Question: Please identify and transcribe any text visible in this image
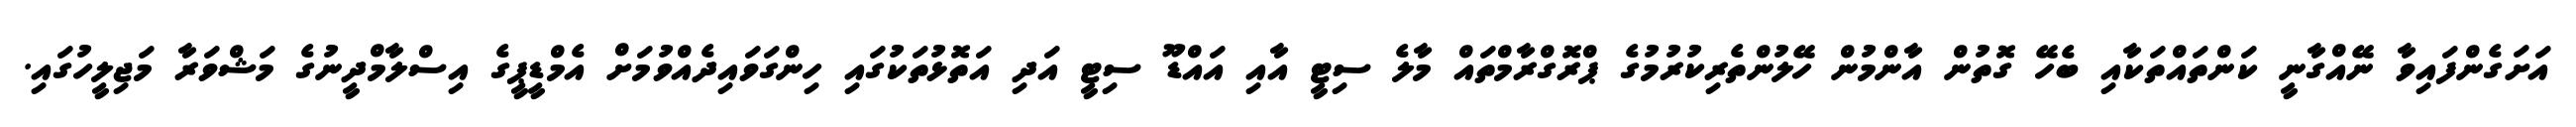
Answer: އަށަގެންފައިވާ ނޭއްގާނީ ކަންތައްތަކާއި ބެހޭ ގޮތުން އާންމުން ހޭލުންތެރިކުރުމުގެ ޕްރޮގްރާމްތައް މާލެ ސިޓީ އާއި އައްޑޫ ސިޓީ އަދި އަތޮޅުތަކުގައި ހިންގަވައިދެއްވުމަށް އެމްޑީޕީގެ އިސްލާމްދީނުގެ މަޝްވަރާ މަޖިލީހުގައި.